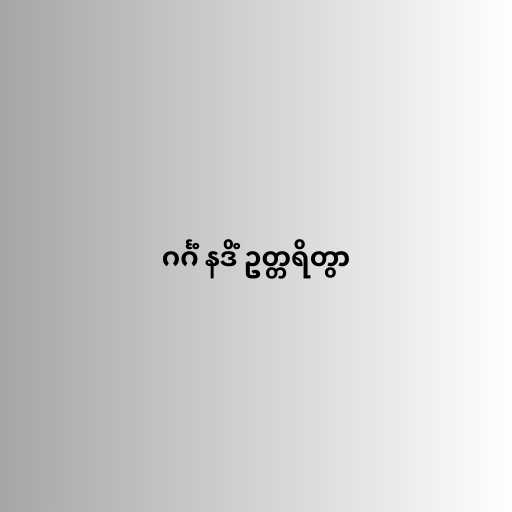
ဂင်္ဂံ နဒိံ ဥတ္တရိတွာ